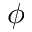
\phi